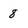
Character: 8